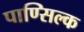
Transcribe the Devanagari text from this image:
पाण्सिल्क